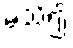
မသိ၍